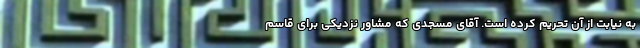
به نیابت از آن تحریم کرده است. آقای مسجدی که مشاور نزدیکی برای قاسم